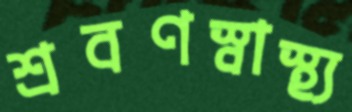
শ্রবণস্বাস্থ্য